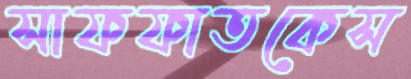
সাফফাতকেস